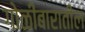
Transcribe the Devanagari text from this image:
गोळीबारातील